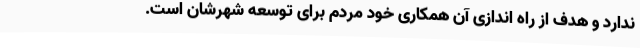
ندارد و هدف از راه اندازی آن همکاری خود مردم برای توسعه شهرشان است.